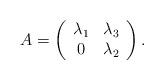
LaTeX: \begin{align*}A = \left( {\begin{array}{*{20}c} {\lambda _1 } & {\lambda _3 } \\ 0 & {\lambda _2 } \\ \end{array} } \right).\end{align*}